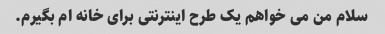
سلام من می خواهم یک طرح اینترنتی برای خانه ام بگیرم.